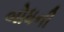
બોધની